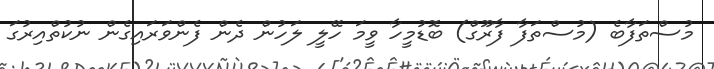
މުސްތަފާބެ (މުސްތަފާ ފާރޫގް) ބޮޑުމީހާ ވީމަ ހޭލީ ލަހުން ދެން ފެންވަރައިގެން ނުކުތްއިރުގަ